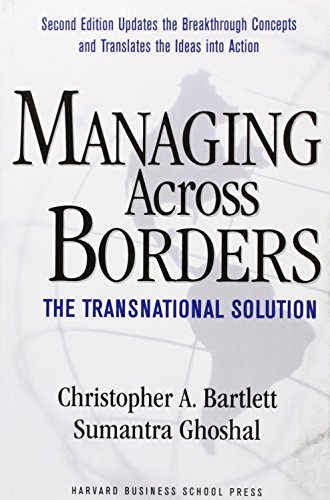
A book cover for Managing Across Borders: The Transnational Solution; Christopher A. Bartlett; Business & Money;